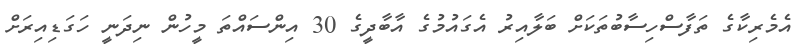
އެމެރިކާގެ ތަފާސްހިސާބުތަކަށް ބަލާއިރު އެގައުމުގެ އާބާދީގެ 30 އިންސައްތަ މީހުން ނިދަނީ ހަގަޑިއިރަށް